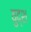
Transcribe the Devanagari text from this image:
युद्श